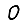
Digit: 0